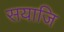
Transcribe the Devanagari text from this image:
सयाजि